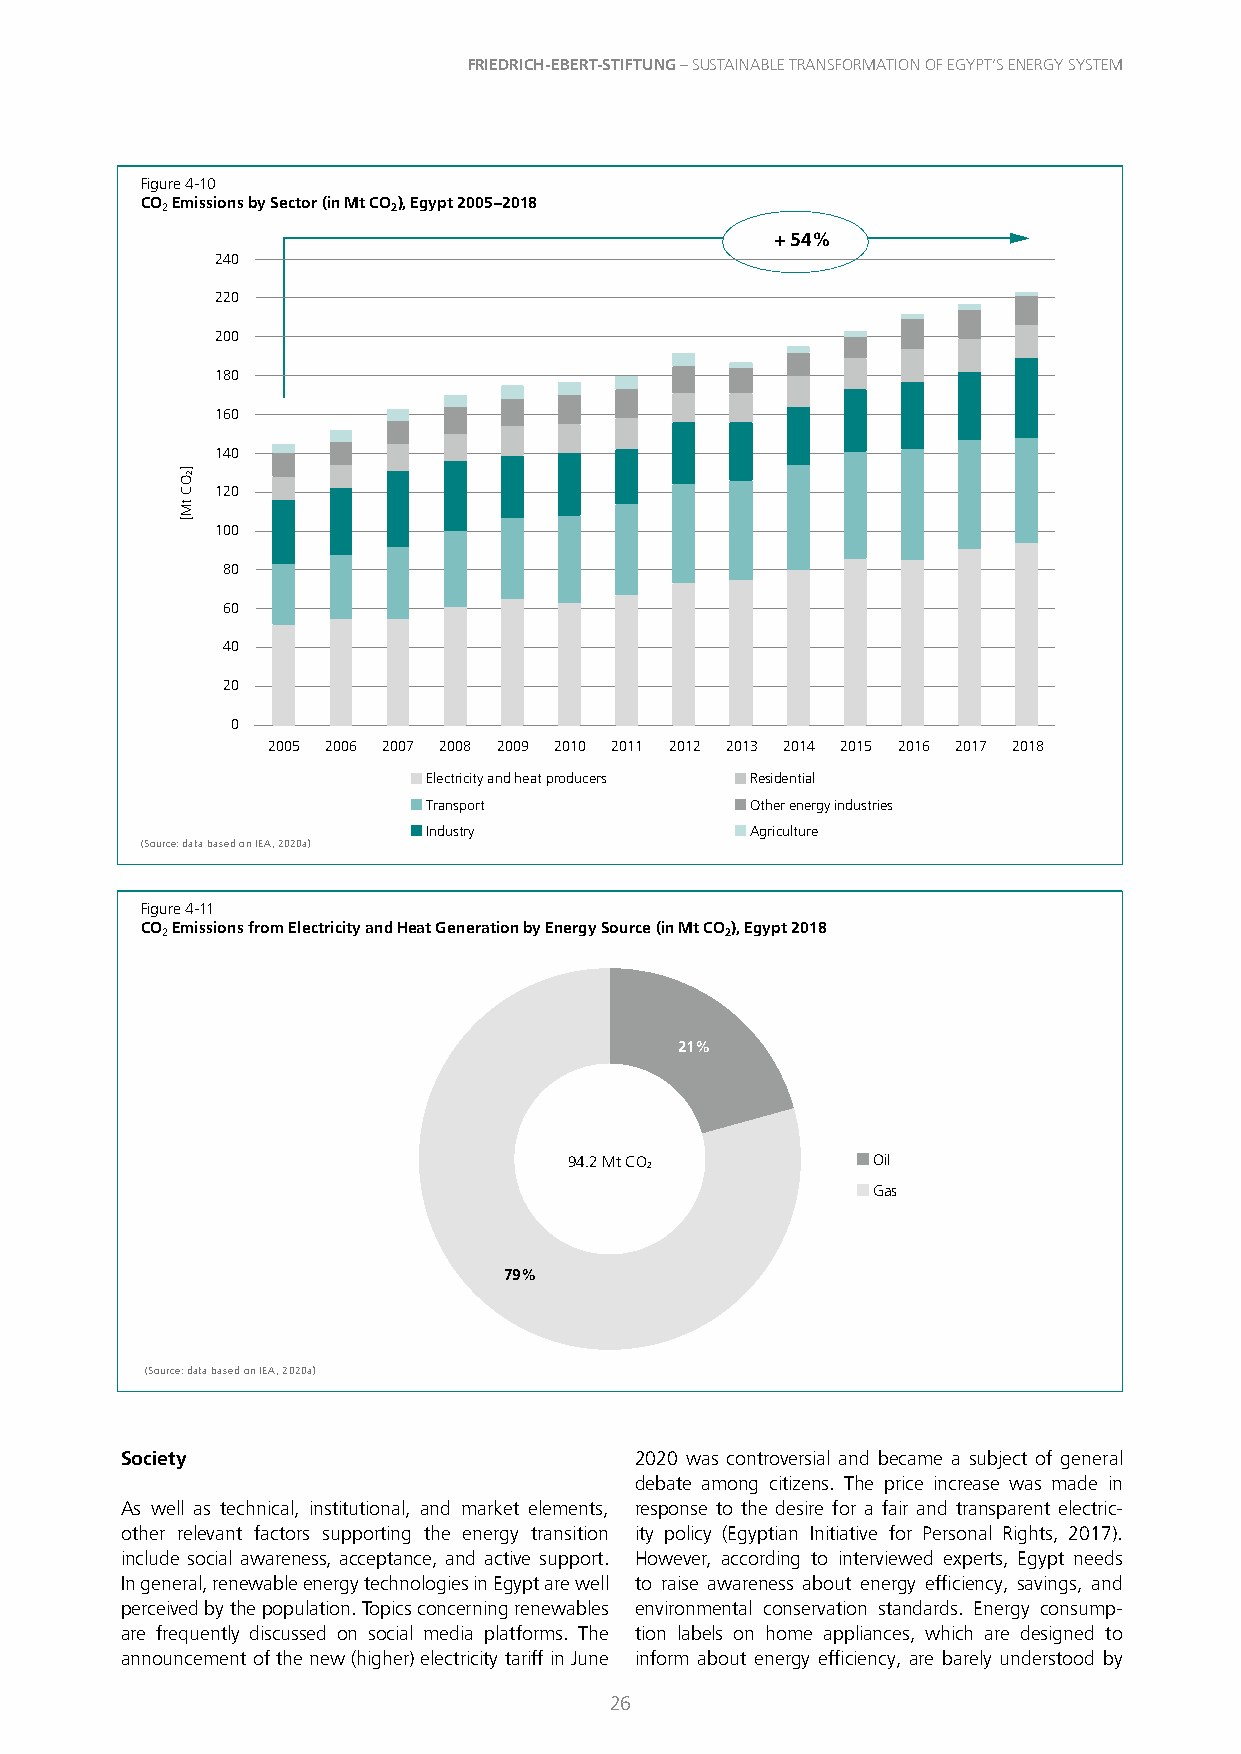
FRIEDRICH-EBERT-STIFTUNG – SUSTAINABLE TRANSFORMATION OF EGYPT’S ENERGY SYSTEM
 Figure 4-10
 CO Emissions by Sector (in Mt CO), Egypt 2005–2018
 2              2
 + 54%
 240
 220
 200
 180
 160
 140
 120
 100
 80
 60
 40
 20
 0
 2005 2006 2007 2008 2009 2010 2011 2012 2013 2014 2015 2016 2017 2018
 Electricity and heat producers Residential
 Transport             Other energy industries
 Industry              Agriculture
 (Source: data based on IEA, 2020a)
 Figure 4-11
 CO Emissions from Electricity and Heat Generation by Energy Source (in Mt CO), Egypt 2018
 2                                    2
 21%
 94.2 Mt CO2         Oil
 Gas
 79%
 (Source: data based on IEA, 2020a)
 Society                           2020 was controversial and became a subject of general
 debate among citizens. The price increase was made in
 As well as technical, institutional, and market elements, response to the desire for a fair and transparent electric-
 other relevant factors supporting the energy transition ity policy (Egyptian Initiative for Personal Rights, 2017).
 include social awareness, acceptance, and active support. However, according to interviewed experts, Egypt needs
 In general, renewable energy technologies in Egypt are well to raise awareness about energy efficiency, savings, and
 perceived by the population. Topics concerning renewables environmental conservation standards. Energy consump-
 are frequently discussed on social media platforms. The tion labels on home appliances, which are designed to
 announcement of the new (higher) electricity tariff in June inform about energy efficiency, are barely understood by
 26
 ]2OC
 tM[